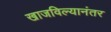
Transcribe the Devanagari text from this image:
खाजविल्यानंतर